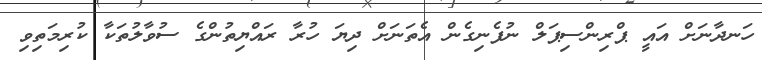
ހަނދާނަށް އައީ ޕްރިންސިޕަލް ނުފެނިގެން އެތަނަށް ދިޔަ ހުރާ ރައްޔިތުންގެ ސުވާލުތަކާ ކުރިމަތިވި